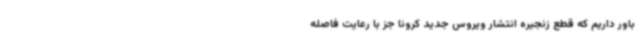
باور داریم که قطع زنجیره انتشار ویروس جدید کرونا جز با رعایت فاصله